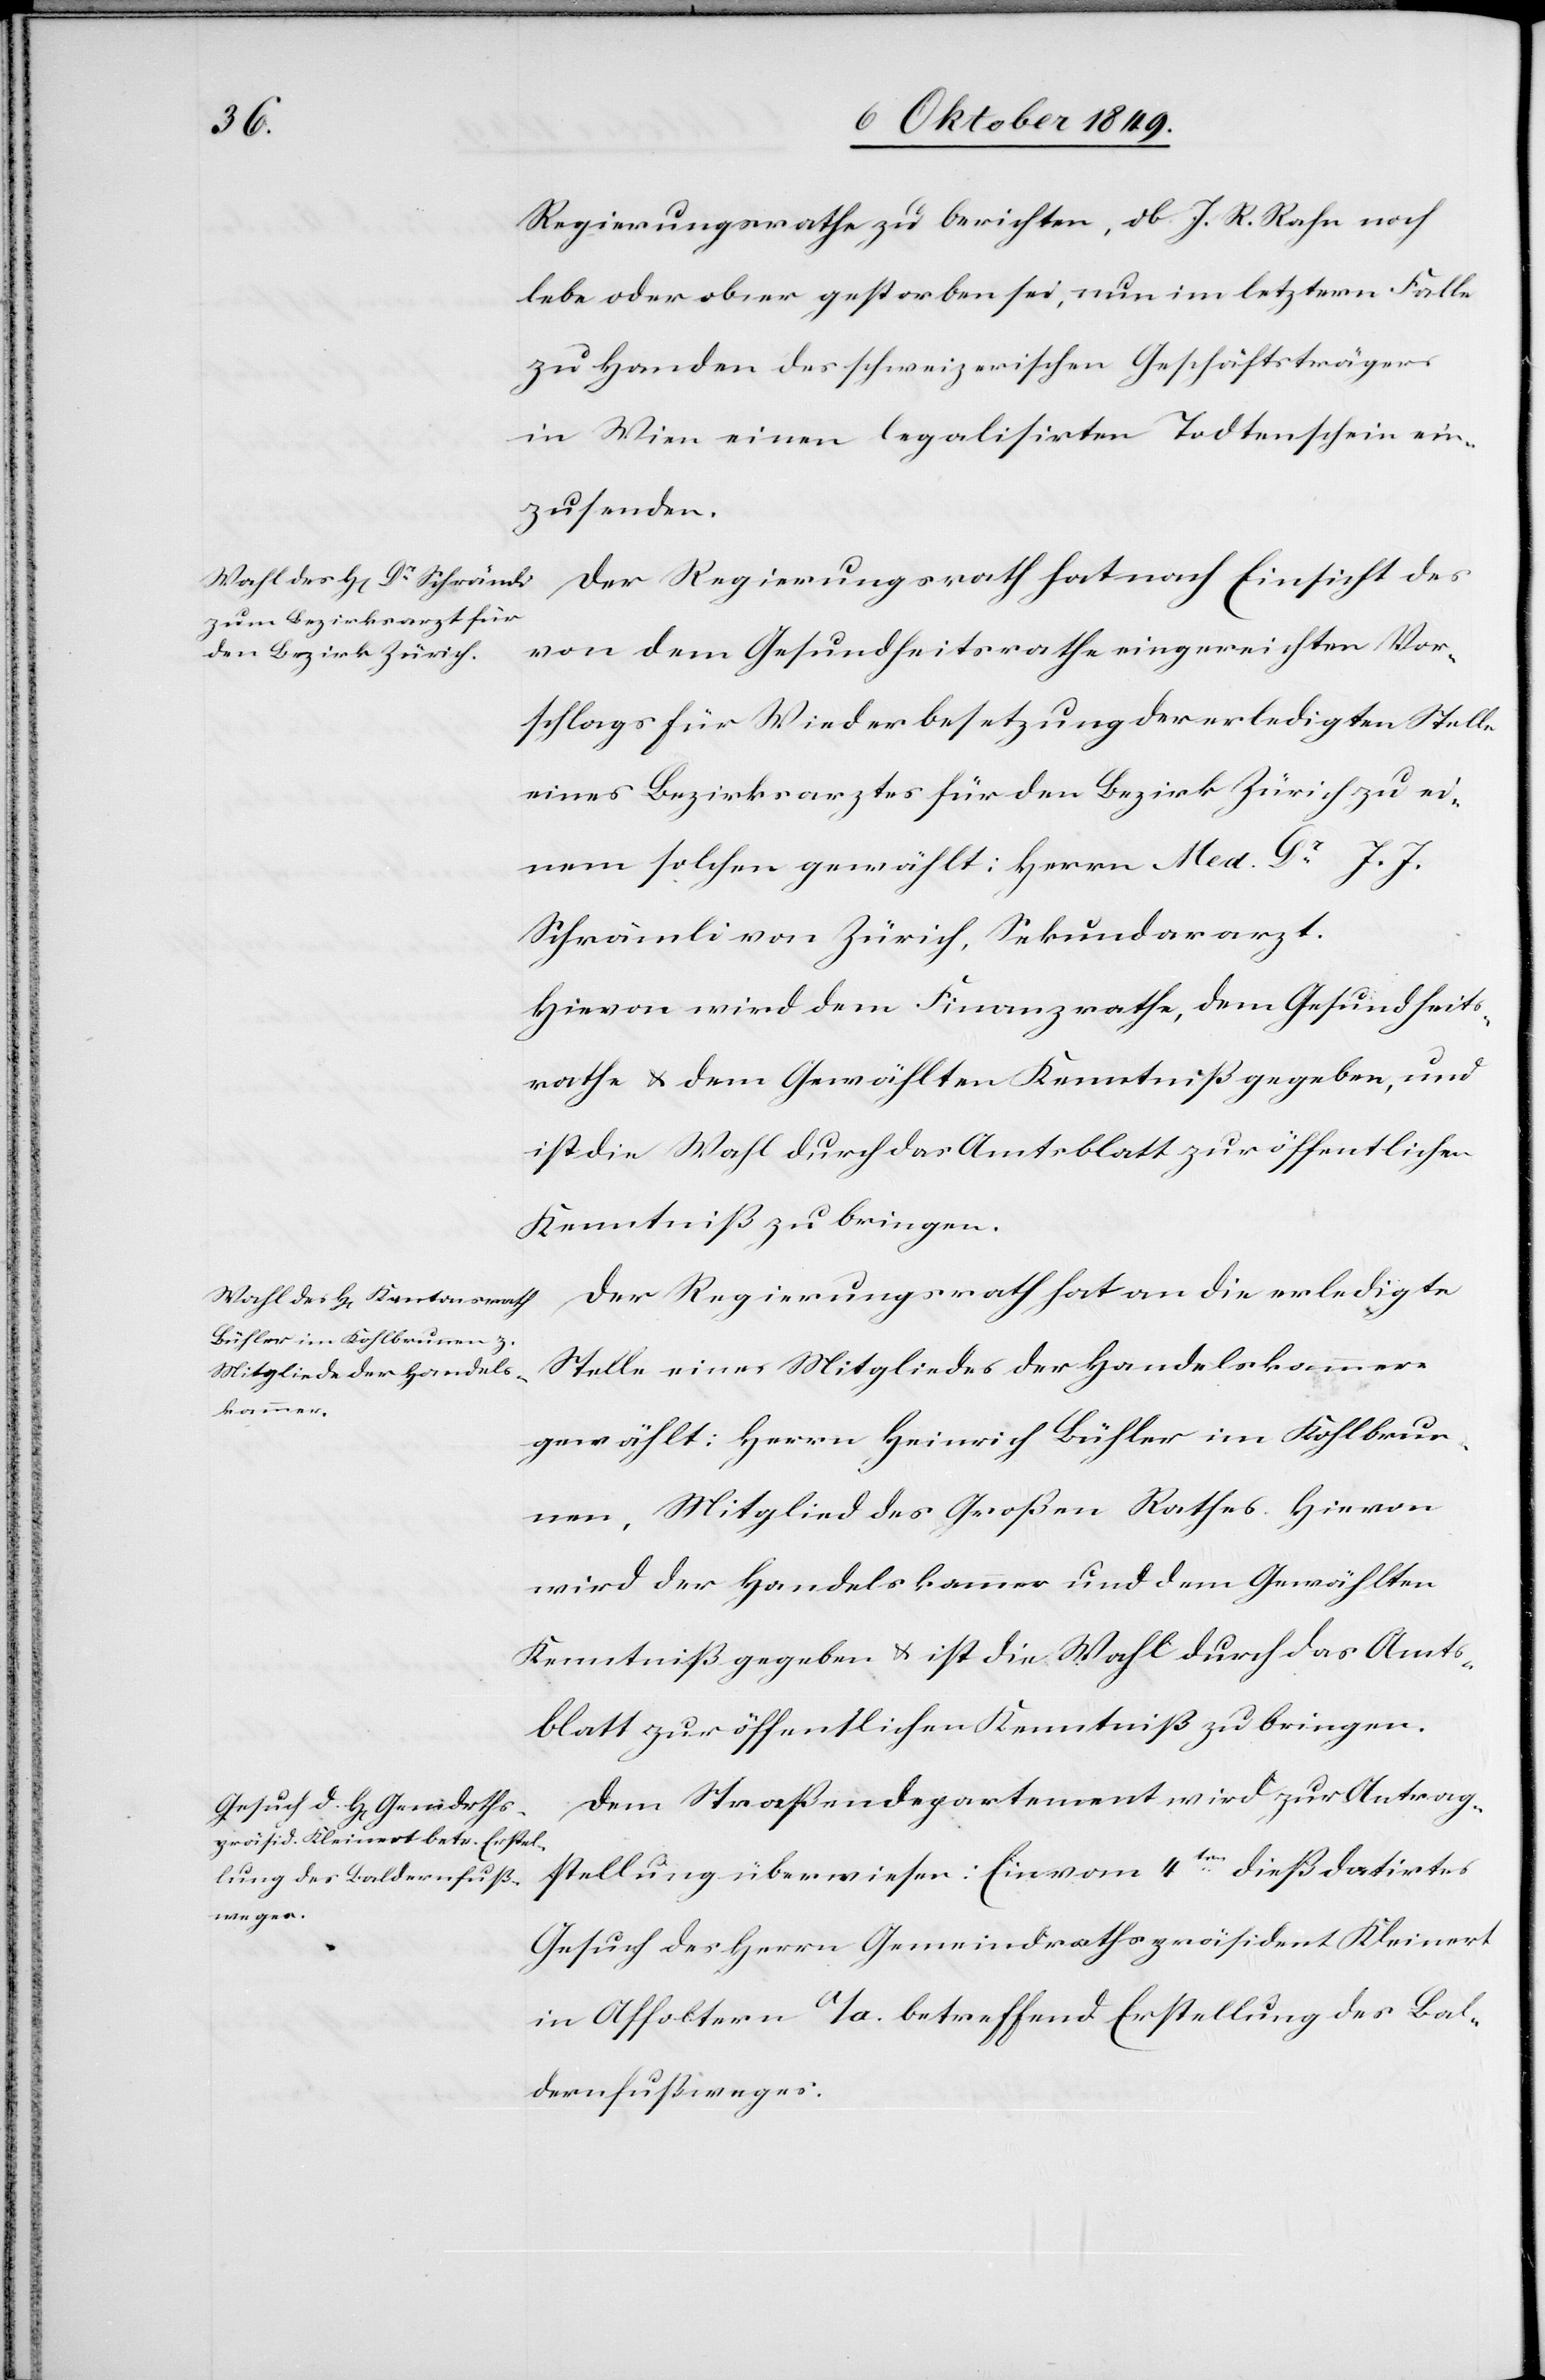
Regierungsrathe zu berichten, ob J. R. Rahn noch
lebe oder ob er gestorben sei, nun im letztern Falle
zu Handen des schweizerischen Geschäftsträgers
in Wien einen legalisirten Todtenschein ein¬
zusenden.
Der Regierungrath hat nach Einsicht des
von dem Gesundheitsrathe eingereichten Vor¬
schlags für Wiederbesetzung der erledigten Stelle
eines Bezirksarztes für den Bezirk Zürich zu ei¬
nem solchen gewählt: Herrn Med. Dr J. J.
Schrämli von Zürich, Sekundararzt.
Hievon wird dem Finanzrathe, dem Gesundheits¬
rathe u. dem Gewählten Kenntniß gegeben, und
ist die Wahl durch das Amtsblatt zur öffentlichen
Kenntniß zu bringen.
Der Regierungsrath hat an die erledigte
Stelle eines Mitgliedes der Handelskammer
gewählt: Herrn Heinrich Bühler im Kohlbrun¬
nen, Mitglied des Großen Rathes. Hievon
wird der Handelskammer und dem Gewählten
Kenntniß gegeben u. ist die Wahl durch das Amts¬
blatt zur öffentlichen Kenntniß zu bringen.
Dem Straßendepartement wird zur Antrag¬
stellung überwiesen: Ein vom 4ten dieß datirtes
Gesuch des Herrn Gemeindrathspräsidenten Kleinert
in Affoltern a/A. betreffend Erstellung des Bal¬
dernfußweges.